Insane asylums in Bengal annual reports 1876-1887 - 1876-1887
Year: 1876
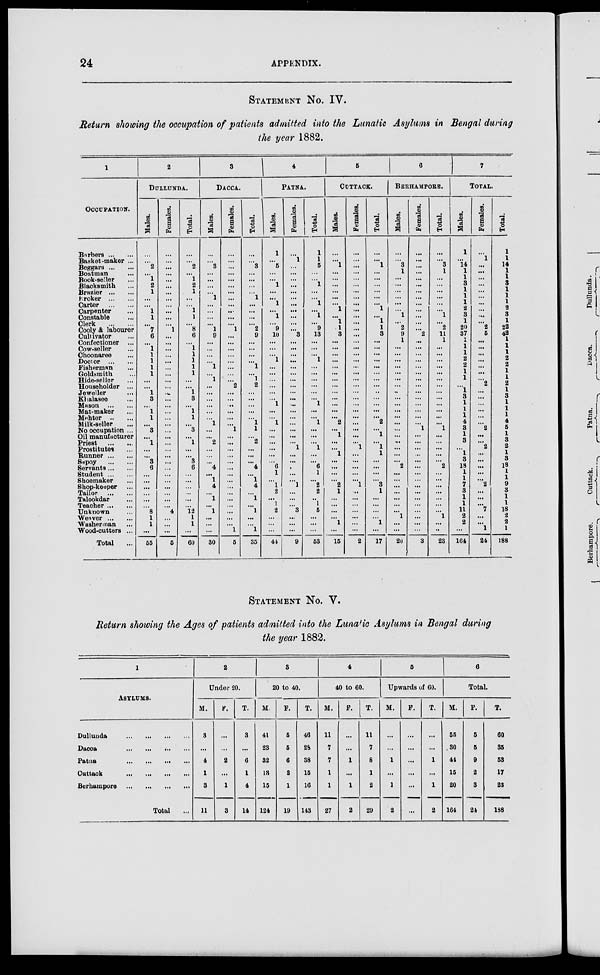
24
APPENDIX.
STATEMENT No. IV.
Return showing the occupation of patients admitted into the Lunatic Asylums in Bengal during
the year 1882.
1
OCCUPATION.
Barbers ... ...
Basket-maker ...
Beggars ... ...
Boatman ...
Book-seller ...
Blacksmith ...
Brazier ... ...
Broker ... ...
Carter
...
...
Carpenter ...
Constable ...
Clerk
...
...
Cooly & labourer
Cultivator ...
Confectioner ...
Cow-seller ...
Choonaree ...
Doctor
...
...
Fisherman ...
Goldsmith ...
Hide-seller ...
Householder ...
Jeweller ...
Khalasee ...
Mason
...
...
Mat-maker ...
Mehter ... ...
Milk-seller ...
No occupation ...
Oil manufacturer
Priest
...
...
Prostitutes ...
Runner ... ...
Sepoy
...
...
Servants ... ...
Student ... ...
Shoemaker ...
Shop-keeper ...
Tailor
...
...
Talookdar ...
Teacher ... ...
Unknown ...
Weaver ... ...
Washerman ...
Wood-cutters ...
Total ...
2
DULLUNDA.
Males.
...
...
2
...
1
2
1
...
...
1
1
...
7
6
...
1
1
1
1
1
...
...
1
3
...
1
1
...
3
...
1
...
...
3
6
...
...
...
...
...
...
8
1
1
...
55
Females.
...
...
...
...
...
...
...
...
...
...
...
...
1
...
...
...
...
...
...
...
...
...
...
...
...
...
...
...
...
...
...
...
...
...
...
...
...
...
...
...
...
4
...
...
...
5
Total.
...
...
2
...
1
2
1
...
...
1
1
...
8
6
...
1
1
1
1
1
...
...
1
3
...
1
1
...
3
...
1
...
...
3
6
...
...
...
...
...
...
12
1
1
...
60
3
DACCA.
Males.
...
...
3
...
...
...
...
1
...
...
...
...
1
9
...
...
...
...
1
...
1
...
...
...
...
...
...
1
...
...
2
...
...
...
4
...
1
4
...
1
...
1
...
...
...
30
Females.
...
...
...
...
...
...
...
...
...
...
...
...
1
...
...
...
...
...
...
...
...
2
...
...
...
...
...
...
1
...
...
...
...
...
...
...
...
...
...
...
...
...
...
...
1
5
Total.
...
...
3
...
...
...
...
1
...
...
...
...
2
9
...
...
...
...
1
...
1
2
...
...
...
...
...
1
1
...
2
...
...
...
4
...
1
4
...
1
...
1
...
...
1
35
4
PATNA.
Males.
1
...
5
...
...
1
...
...
1
...
1
...
9
10
...
...
...
1
...
...
...
...
...
...
1
...
...
1
...
...
...
...
...
...
6
1
... 1
2
...
1
2
...
...
...
44
Females.
...
1
...
...
...
...
...
...
...
...
...
...
...
3
...
...
...
...
...
...
...
...
...
...
...
...
...
...
...
...
...
1
...
...
...
...
...
1
...
...
...
3
...
...
...
9
Total.
1
1
5
...
...
1
...
...
1
...
1
...
9
13
...
...
...
1
...
...
...
...
...
...
1
...
...
1
...
...
...
1
...
...
6
1
...
2
2
...
1
5
...
...
...
53
5
CUTTACK.
Males.
...
...
1
...
...
...
...
...
...
1
...
1
1
3
...
...
...
...
...
...
...
...
...
...
...
...
...
2
...
1
...
...
1
...
...
...
... 2
1
...
...
...
...
1
...
15
Females.
...
...
...
...
...
...
...
...
...
...
...
...
...
...
...
...
...
...
...
...
...
...
...
...
...
...
...
...
...
...
...
1
...
...
...
...
...
1
...
...
...
...
...
...
...
2
Total.
...
...
1
...
...
...
...
...
...
1
...
1
1
3
...
...
...
...
...
...
...
...
...
...
...
...
...
2
...
1
...
1
1
...
...
...
... 3
1
...
...
...
...
1
...
17
6
BERHAMPORE.
Males.
...
...
3
1
...
...
...
...
...
...
1
...
2
9
1
...
...
...
...
...
...
...
...
...
...
...
...
...
...
...
...
...
...
...
2
...
...
...
...
...
...
...
1
...
...
20
Females.
...
...
...
...
...
...
...
...
...
...
...
...
...
2
...
...
...
...
...
...
...
...
...
...
...
...
...
...
1
...
...
...
...
...
...
...
...
...
...
...
...
...
...
...
...
3
Total.
...
...
3
1
...
...
...
...
...
...
1
...
2
11
1
...
...
...
...
...
...
...
...
...
...
...
...
...
1
...
...
...
...
...
2
...
...
...
...
...
...
...
1
...
...
23
7
TOTAL.
Males.
1
...
14
1
1
3
1
1
1
2
3
1
20
37
1
1
1
2
2
1
1
...
1
3
1
1
1
4
3
1
3
...
1
3
18
1
1
7
3
1
1
11
2
2
...
164
Females.
...
1
...
...
...
...
...
...
...
...
...
...
2
5
...
...
...
...
...
...
...
2
...
...
...
...
...
...
2
...
...
2
...
...
...
...
...
2
...
...
...
7
...
...
1
24
Total.
1
1
14
1
1
3
1
1
1
2
3
1
22
42
1
1
1
2
2
1
1
2
1
3
1
1
1
4
5
1
3
2
1
3
18
1
1
9
3
1
1
18
2
2
1
188